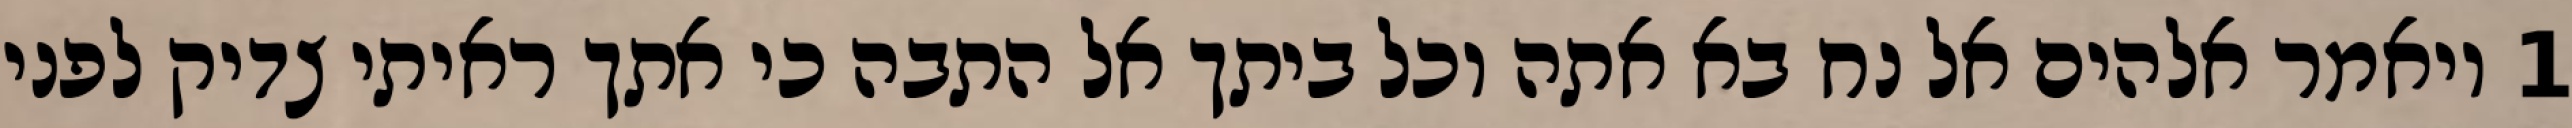
1 ויאמר אלהים אל נח בא אתה וכל ביתך אל התבה כי אתך ראיתי צדיק לפני